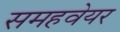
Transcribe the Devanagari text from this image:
समहवेयर